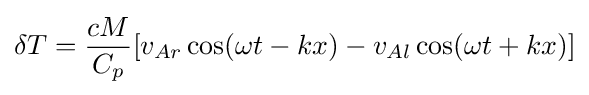
\delta T={\frac {cM}{C_{p}}}[v_{Ar}\cos(\omega t-kx)-v_{Al}\cos(\omega t+kx)]